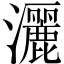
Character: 灑